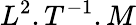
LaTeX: L^{2}.T^{-1}.M